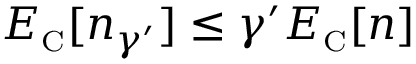
E _ { \scriptscriptstyle \mathrm { C } } [ n _ { \gamma ^ { \prime } } ] \leq \gamma ^ { \prime } E _ { \scriptscriptstyle \mathrm { C } } [ n ]